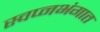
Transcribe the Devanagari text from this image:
स्वप्नभंगात